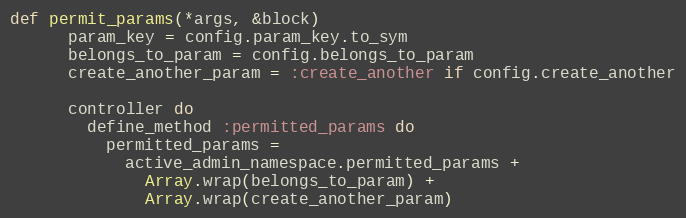
Language: Ruby
def permit_params(*args, &block)
      param_key = config.param_key.to_sym
      belongs_to_param = config.belongs_to_param
      create_another_param = :create_another if config.create_another

      controller do
        define_method :permitted_params do
          permitted_params =
            active_admin_namespace.permitted_params +
              Array.wrap(belongs_to_param) +
              Array.wrap(create_another_param)